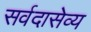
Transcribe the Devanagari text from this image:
सर्वदासेव्य